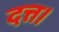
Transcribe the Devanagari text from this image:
दत्त।